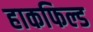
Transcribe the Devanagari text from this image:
हाकफिल्ड